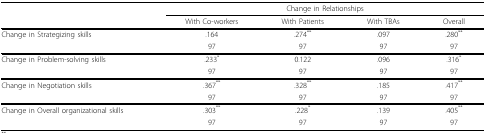
<table><thead><tr><td></td><td colspan="4"><b>Change in Relationships</b></td></tr><tr><td></td><td><b>With Co-workers</b></td><td><b>With Patients</b></td><td><b>With TBAs</b></td><td><b>Overall</b></td></tr></thead><tbody><tr><td>Change in Strategizing skills</td><td>.164</td><td>.274<sup>**</sup></td><td>.097</td><td>.280<sup>**</sup></td></tr><tr><td></td><td>97</td><td>97</td><td>97</td><td>97</td></tr><tr><td>Change in Problem-solving skills</td><td>.233<sup>*</sup></td><td>0.122</td><td>.096</td><td>.316<sup>*</sup></td></tr><tr><td></td><td>97</td><td>97</td><td>97</td><td>97</td></tr><tr><td>Change in Negotiation skills</td><td>.367<sup>**</sup></td><td>.328<sup>**</sup></td><td>.185</td><td>.417<sup>**</sup></td></tr><tr><td></td><td>97</td><td>97</td><td>97</td><td>97</td></tr><tr><td>Change in Overall organizational skills</td><td>.303<sup>**</sup></td><td>.228<sup>*</sup></td><td>.139</td><td>.405<sup>**</sup></td></tr><tr><td></td><td>97</td><td>97</td><td>97</td><td>97</td></tr></tbody></table>